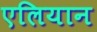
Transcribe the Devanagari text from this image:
एलियान